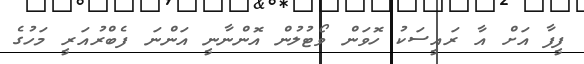
ފީފާ އަށް އާ ރައީސަކު ހޮވަން ވޯޓުލުން އޮންނާނީ އަންނަ ފެބްރުއަރީ މަހުގެ